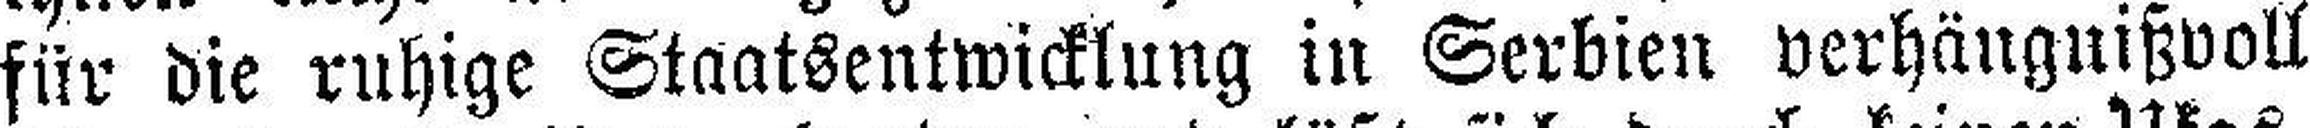
für die ruhige Staatsentwicklung in Serbien verhäuguißvoll